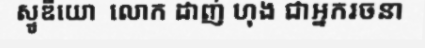
ស្ទូឌីយោ  លោក ដាញ់ ហុង ជាអ្នករចនា